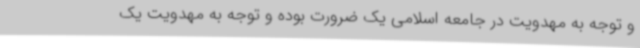
و توجه به مهدویت در جامعه اسلامی یک ضرورت بوده و توجه به مهدویت یک